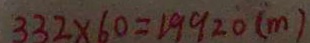
3 3 2 \times 6 0 = 1 9 9 2 0 ( m )